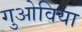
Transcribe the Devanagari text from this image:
गुओविया